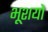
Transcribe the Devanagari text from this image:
भूशयो